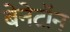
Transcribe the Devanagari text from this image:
बेनेटॉन